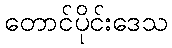
တောင်ပိုင်းဒေသ